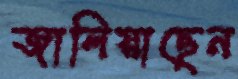
জালিয়াছেন